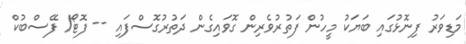
މަޑިވަރު ފިނޮޅުގައި ބަޔަކު މީހުން ފަތުރުވެރިން ގޮވައިގެން ދަތުރުގޮސްފައި -- ފޮޓޯ/ ފޭސްބުކް